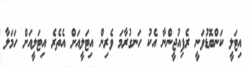
އިޓަލީ ކަންބޮޑުވަނީ ރެފިއުޖީންނާ އެކު ހަނގުރާމަ ވެރިން އިޓަލީއަށް އެތެރެ އިޓަލީއަށް ހަމަލާ